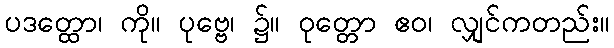
ပဒတ္ထော၊ ကို။ ပုဗ္ဗေ၊ ၌။ ဝုတ္တော ဧဝ၊ လျှင်ကတည်း။